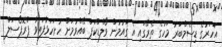
އަހަރުގެ ޑިސެމްބަރު މަހުގެ ތެރޭގައި އެ ގައުމުން ވޯލްޑްކަޕް ބޭއްވުމަށް ހުށަހަޅާފައިވާ ޕްރޮޕޯސަލް